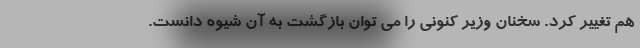
هم تغییر کرد. سخنان وزیر کنونی را می توان بازگشت به آن شیوه دانست.